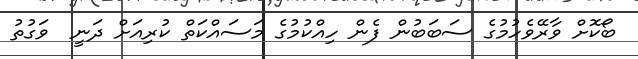
ބޯކޮށް ވާރޭވެހުމުގެ ސަބަބުން ފެން ހިއްކުމުގެ މަސައްކަތް ކުރިއަށް ދަނީ  ވަގުތު